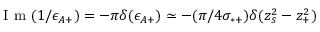
\mathrm { ~ I ~ m ~ } ( 1 / \epsilon _ { A + } ) = - \pi \delta ( \epsilon _ { A + } ) \simeq - ( \pi / 4 \sigma _ { * + } ) \delta ( z _ { s } ^ { 2 } - z _ { + } ^ { 2 } )